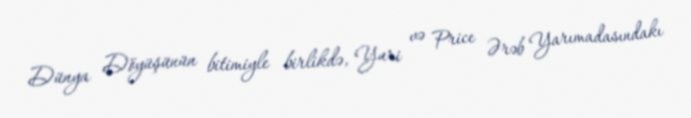
Dünya Döyüşünün bitimiyle birlikdə, Yuri və Price Ərəb Yarımadasındakı